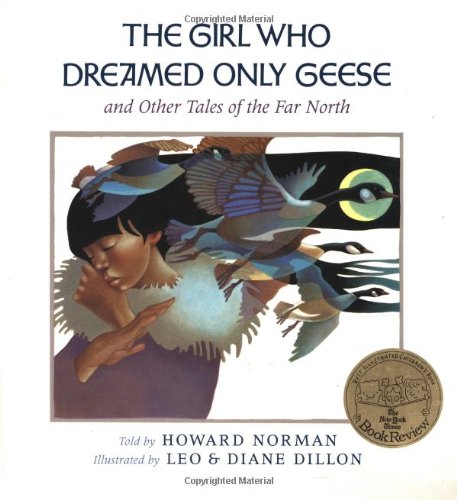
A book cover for The Girl Who Dreamed Only Geese: And Other Tales of the Far North; Howard Norman; Children's Books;